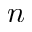
n